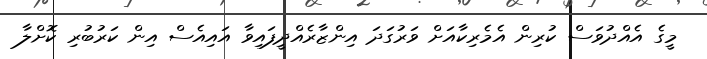
މީގެ އެއްދުވަސް ކުރިން އެމެރިކާއަށް ވަރުގަދަ އިންޒާރެއްދީފައިވާ އައިއެސް އިން ކަރުބުރި ކޮށްލާ